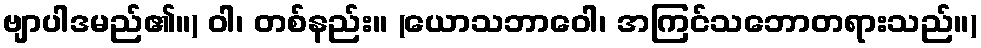
ဗျာပါဒမည်၏။) ဝါ၊ တစ်နည်း။ (ယောသဘာဝေါ၊ အကြင်သဘောတရားသည်။)